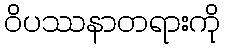
ဝိပဿနာတရားကို